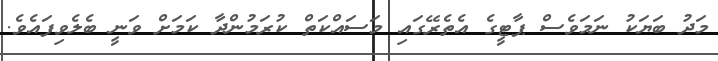
މަދު ބަޔަކު ނަމަވެސް ޕާޓީގެ އެތެރޭގައި މަސައްކަތް ކުރަމުންދާ ކަމަށް ވަނީ ބެލެވިފައެވެ.